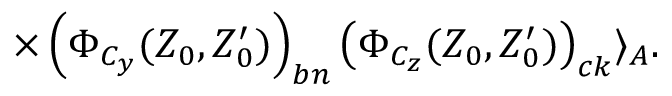
\times \left( \Phi _ { C _ { y } } ( Z _ { 0 } , Z _ { 0 } ^ { \prime } ) \right) _ { b n } \left( \Phi _ { C _ { z } } ( Z _ { 0 } , Z _ { 0 } ^ { \prime } ) \right) _ { c k } \rangle _ { A } .